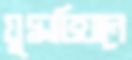
যুদ্ধাভিযানে